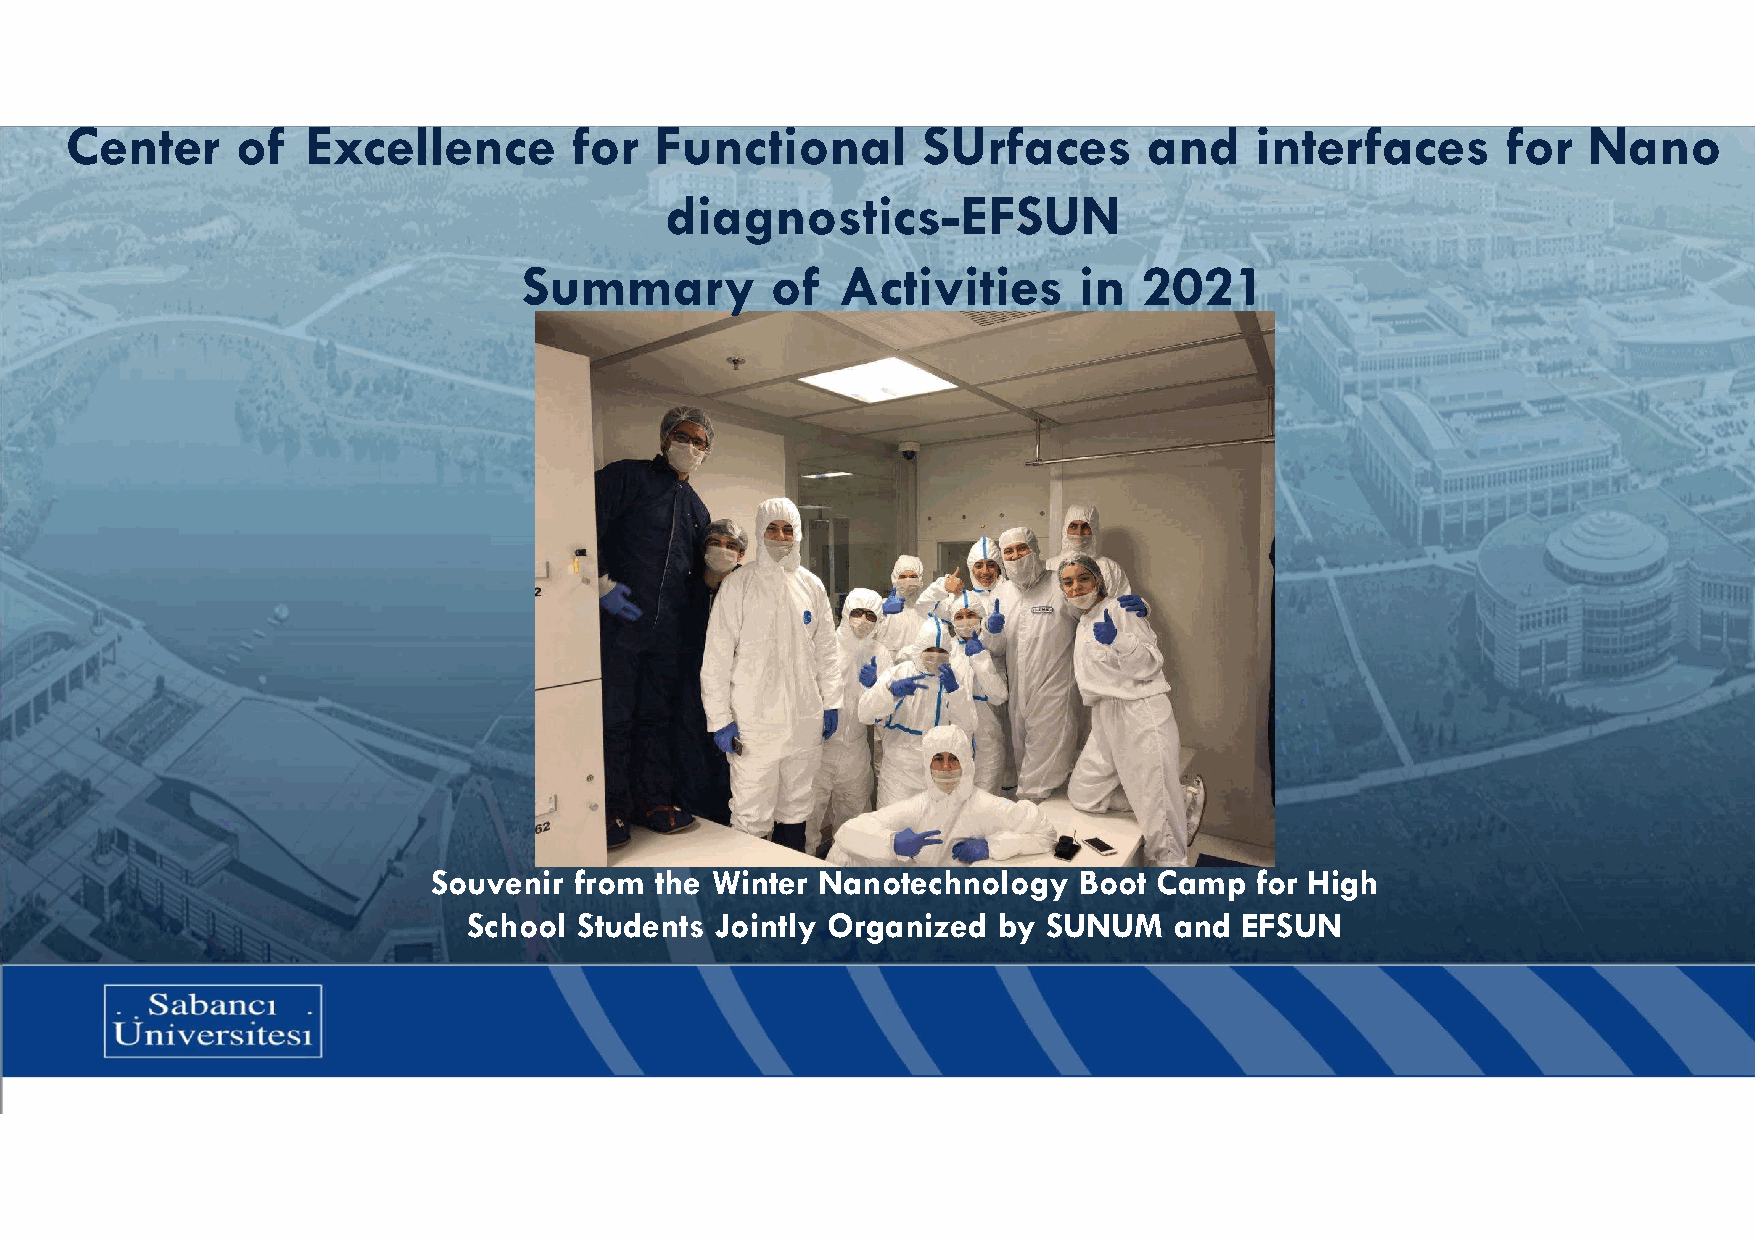
Center      of  Excellence        for  Functional        SUrfaces       and    interfaces       for  Nano
 diagnostics-EFSUN
 Summary         of   Activities     in   2021
 Souvenir from the Winter Nanotechnology   Boot  Camp  for High
 School Students Jointly Organized  by SUNUM    and EFSUN